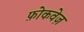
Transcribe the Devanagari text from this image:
फ़ोकवेज़